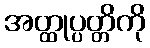
အတ္ထုပ္ပတ္တိကို